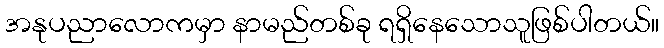
အနုပညာလောကမှာ နာမည်တစ်ခု ရရှိနေသောသူဖြစ်ပါတယ်။